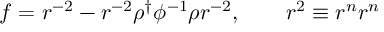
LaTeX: f = r ^ { - 2 } - r ^ { - 2 } \rho ^ { \dag } \phi ^ { - 1 } \rho r ^ { - 2 } , \qquad r ^ { 2 } \equiv r ^ { n } r ^ { n }